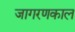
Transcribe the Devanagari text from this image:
जागरणकाल